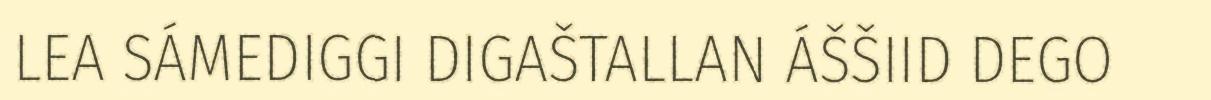
LEA SÁMEDIGGI DIGAŠTALLAN ÁŠŠIID DEGO